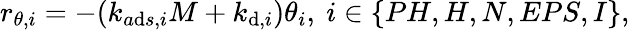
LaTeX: r_{\theta,i}=-(k_{a\mathrm{d}s,i}M+k_{\mathrm{d},i})\theta_{i},\ i\in\{ PH,H,N,EPS,I\} ,